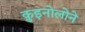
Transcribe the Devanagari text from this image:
क़ुइनोलोने